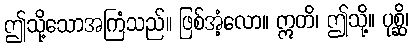
ဤသို့သောအကြံသည်။ ဖြစ်အံ့လော။ ဣတိ၊ ဤသို့။ ပုစ္ဆိ၊